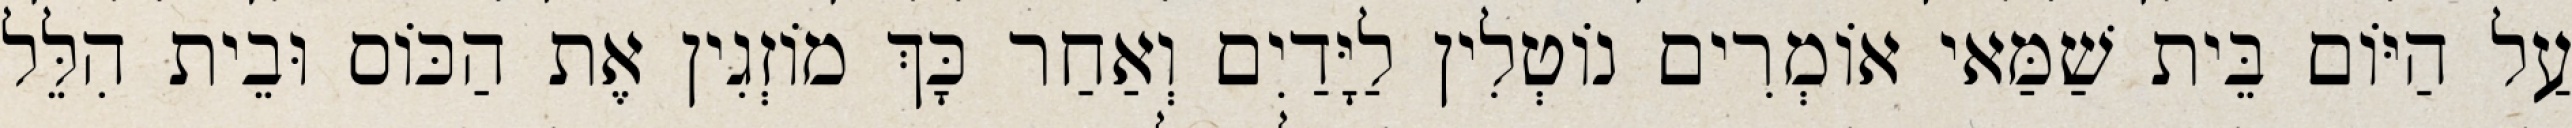
עַל הַיּוֹם בֵּית שַׁמַּאי אוֹמְרִים נוֹטְלִין לַיָּדַיִם וְאַחַר כָּךְ מוֹזְגִין אֶת הַכּוֹס וּבֵית הִלֵּל